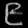
Digit: ၉